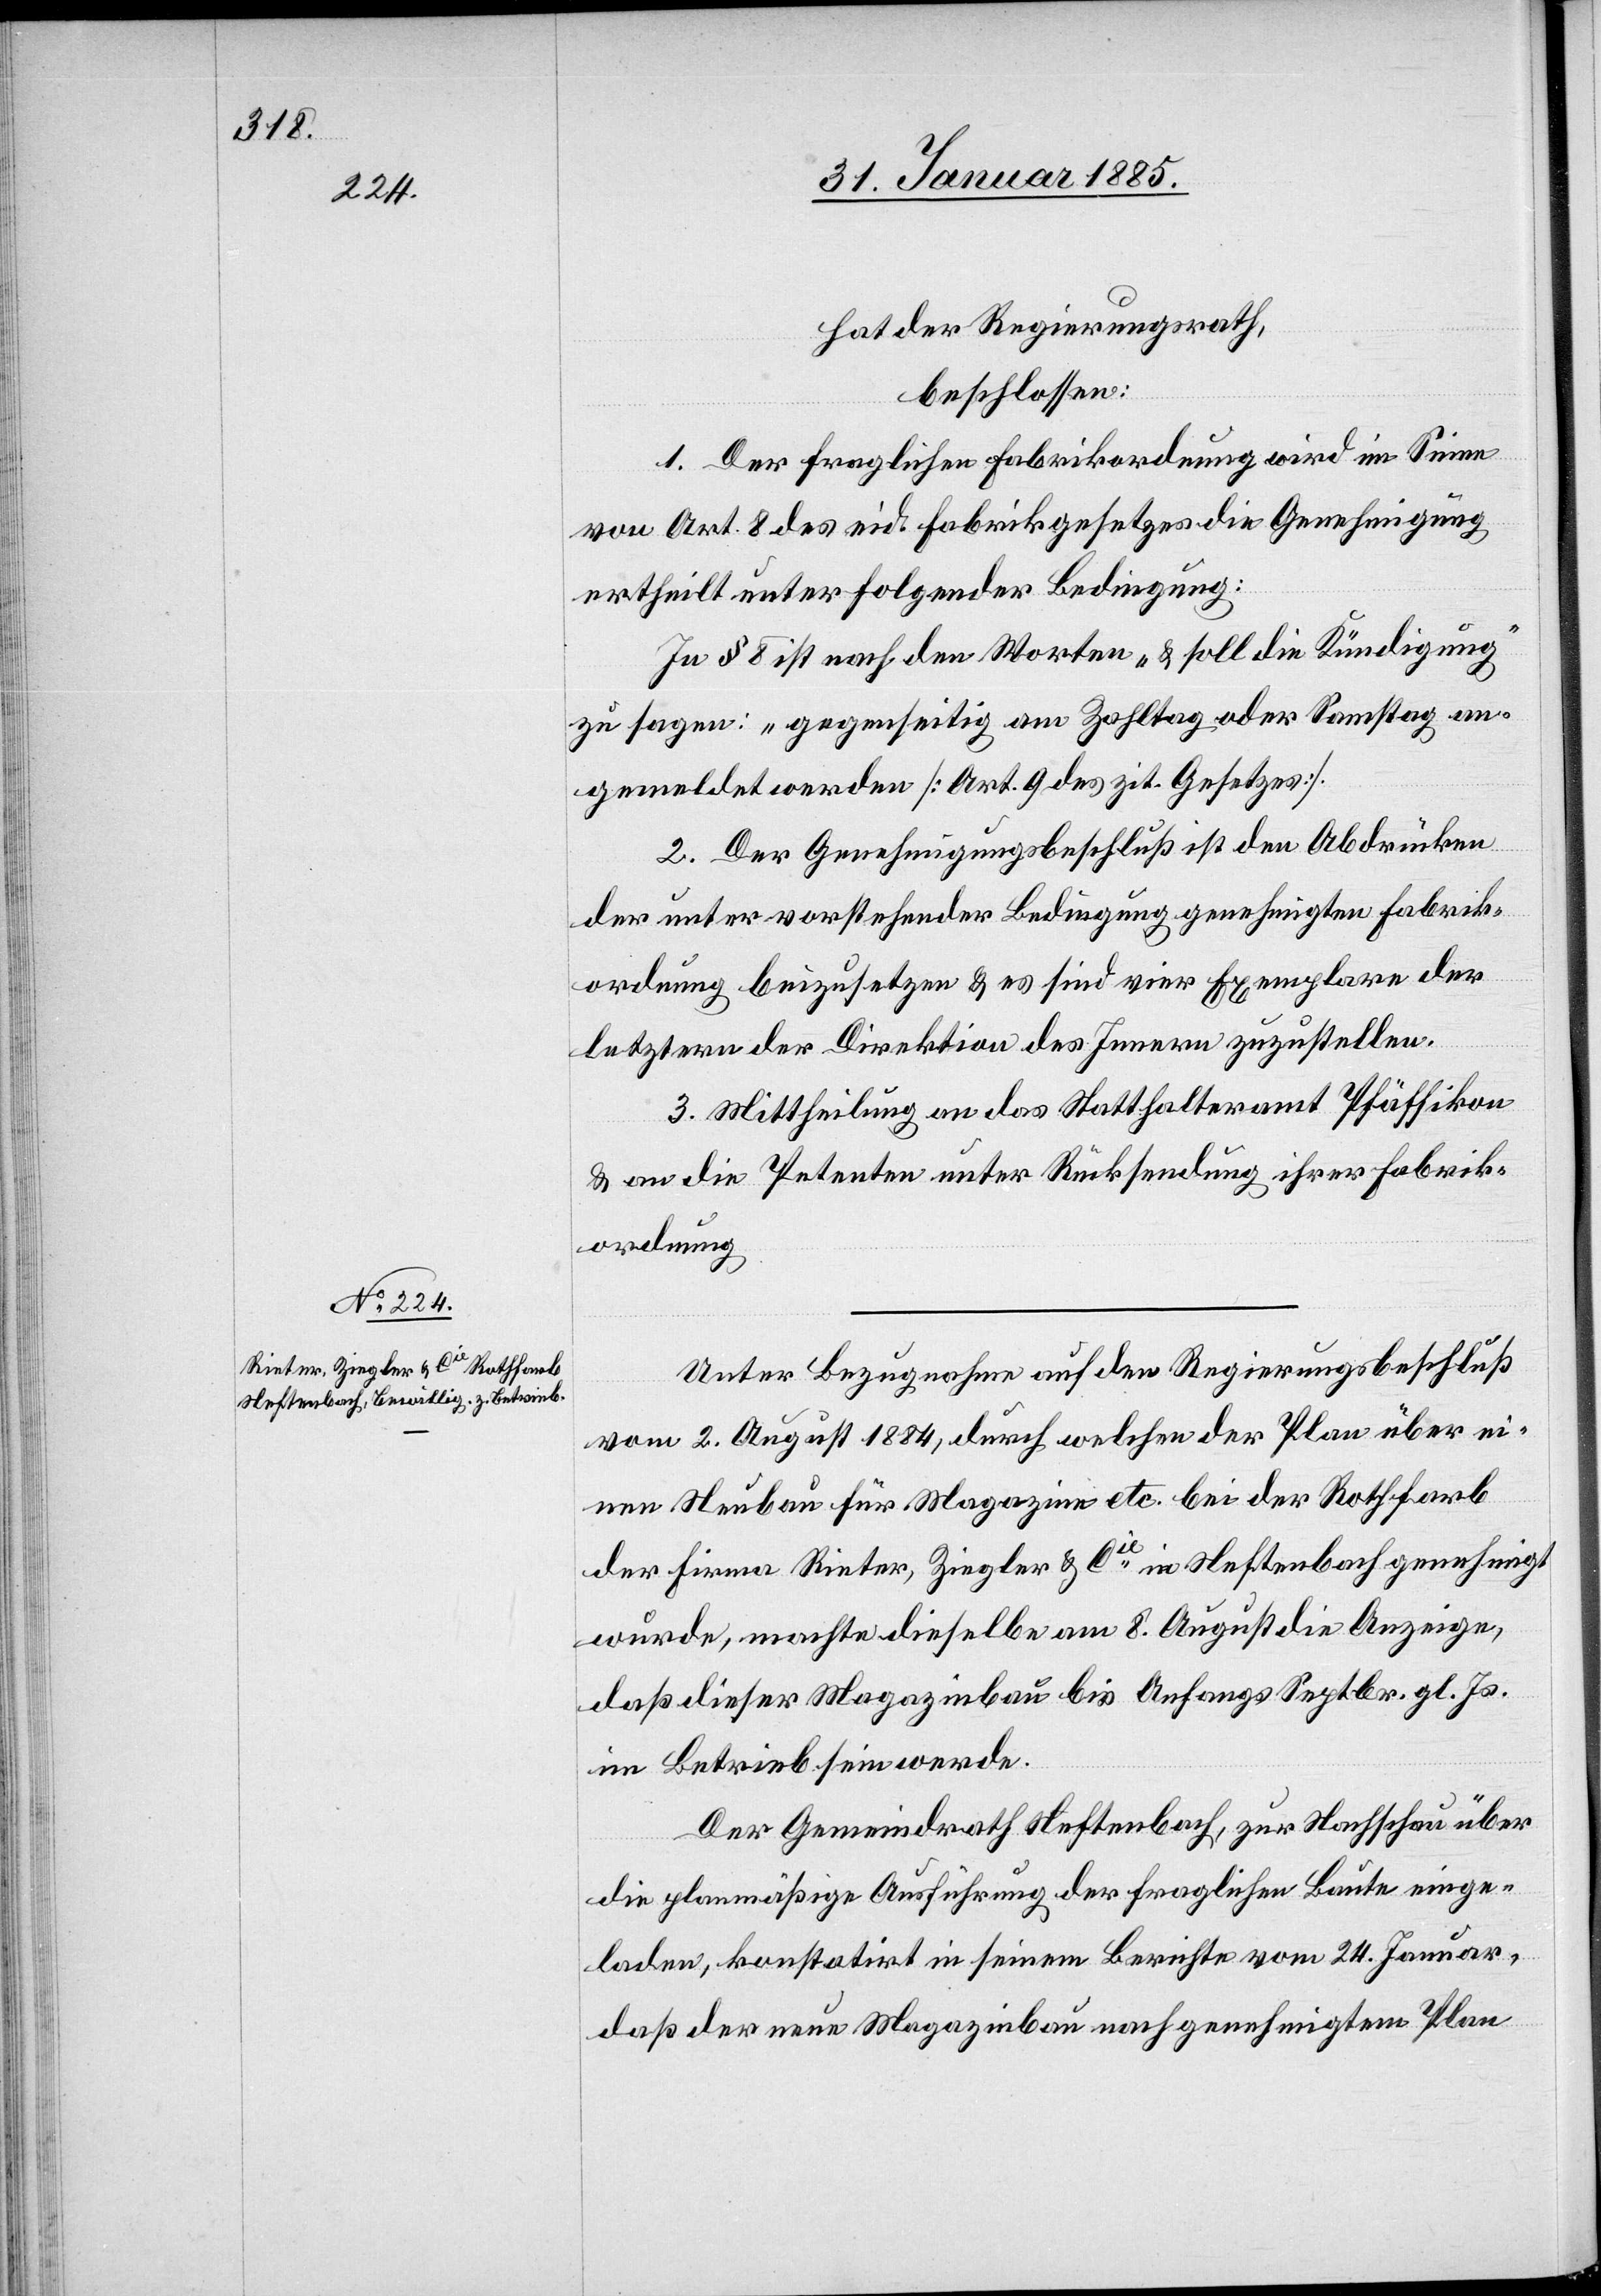
hat der Regierungsrath,
beschlossen:
1. Der fraglichen Fabrikordnung wird im Sinne
von Art. 8 des eid. Fabrikgesetzes die Genehmigung
ertheilt unter folgender Bedingung:
In § 8 ist nach den Worten „& soll die Kündigung“
zu sagen: „gegenseitig am Zahltag oder Samstag
gemeldet werden [Art. 9 des zit. Gesetzes].
2. Der Genehmigungsbeschluß ist den Abdrücken
der unter vorstehender Bedingung genehmigten Fabrik¬
ordnung beizusetzen & es sind vier Exemplare der
letztern der Direktion des Innern zuzustellen.
3. Mittheilung an das Statthalteramt Pfäffikon
& an die Petenten unter Rücksendung ihrer Fabrik¬
ordnung.
Unter Bezugnahme auf den Regierungsbeschluß
vom 2. August 1884, durch welchen der Plan über ei¬
nen Neubau für Magazine etc. bei der Rothfarb
der Firma Rieter, Ziegler & Cie in Neftenbach genehmigt
wurde, machte dieselbe am 8. August die Anzeige,
daß dieser Magazinbau bis Anfangs Septbr. gl. Js.
im Betrieb sein werde.
Der Gemeindrath Neftenbach, zur Nachschau über
die planmäßige Ausführung der fraglichen Baute einge¬
laden, konstatirt in seinem Berichte vom 24. Januar,
daß der neue Magazinbau nach genehmigtem Plan